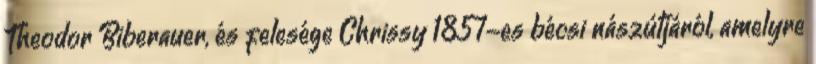
Theodor Biberauer, és felesége Chrissy 1857-es bécsi nászútjáról, amelyre